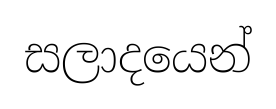
සලාදයෙන්